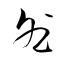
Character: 咎